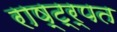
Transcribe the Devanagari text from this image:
राष्ट्र्पत